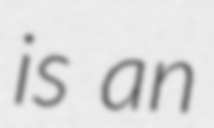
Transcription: is an